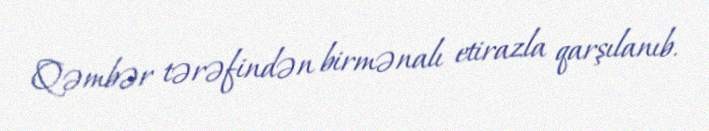
Qəmbər tərəfindən birmənalı etirazla qarşılanıb.